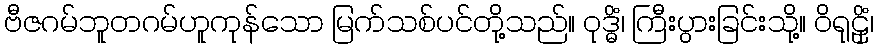
ဗီဇဂမ်ဘူတဂမ်ဟူကုန်သော မြက်သစ်ပင်တို့သည်။ ဝုဒ္ဓိံ၊ ကြီးပွားခြင်းသို့။ ဝိရုဠှိံ၊